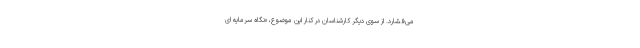
می‌فشارد. از سوی دیگر کارشناسان در کنار این موضوع، «نگاه سرمایه ای